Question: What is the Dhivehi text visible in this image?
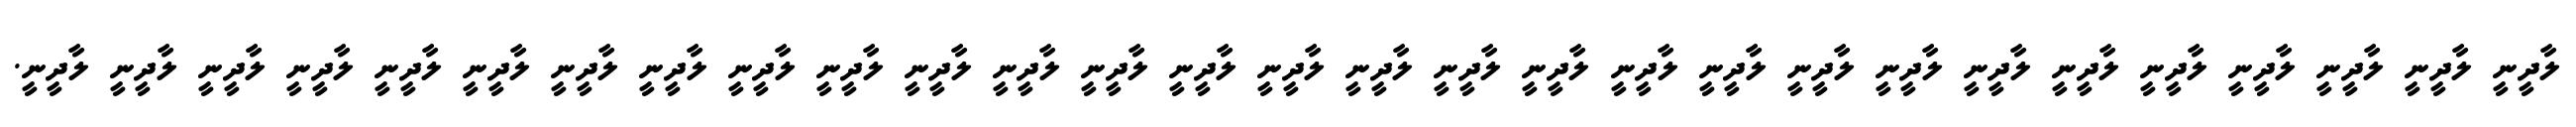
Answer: ލާދީނީ ލާދީނީ ލާދީނީ ލާދީނީ ލާދީނީ ލާދީނީ ލާދީނީ ލާދީނީ ލާދީނީ ލާދީނީ ލާދީނީ ލާދީނީ ލާދީނީ ލާދީނީ ލާދީނީ ލާދީނީ ލާދީނީ ލާދީނީ ލާދީނީ ލާދީނީ ލާދީނީ ލާދީނީ ލާދީނީ ލާދީނީ ލާދީނީ ލާދީނީ ލާދީނީ ލާދީނީ ލާދީނީ.